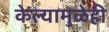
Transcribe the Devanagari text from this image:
केल्यामुळेही